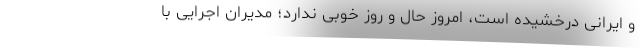
و ایرانی درخشیده است، امروز حال و روز خوبی ندارد؛ مدیران اجرایی با